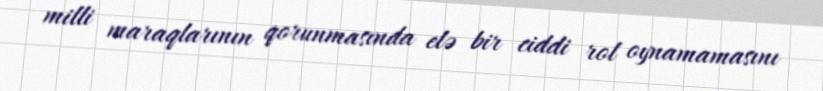
milli maraqlarının qorunmasında elə bir ciddi rol oynamamasını